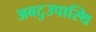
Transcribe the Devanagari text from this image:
अबटुउपास्थि